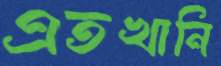
এতখানি